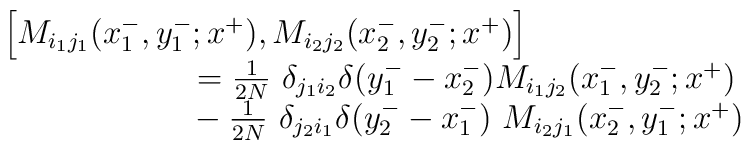
\begin{array}{l}\left[ M_{i_1j_1} (x^-_1,y^-_1;x^+), M_{i_2j_2}(x^-_2,y^-_2;x^+)\right] \\{}~~~~~~~~~~~~~~~~~={1 \over 2N}~\delta_{j_1i_2} \delta (y^-_1 -x^-_2)M_{i_1j_2} (x^-_1,y^-_2;x^+) \\{}~~~~~~~~~~~~~~~~~- {1 \over 2N}~\delta_{j_2i_1}\delta (y^-_2 - x^-_1)~M_{i_2j_1} (x^-_2,y^-_1;x^+)\end{array}